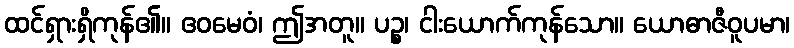
ထင်ရှားရှိကုန်၏။ ဧဝမေဝံ၊ ဤအတူ။ ပဉ္စ၊ ငါးယောက်ကုန်သော။ ယောဓာဇီဝူပမာ၊